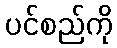
ပင်စည်ကို